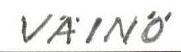
VÄINÖ